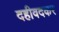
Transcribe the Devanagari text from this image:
दहीवदकर